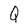
Character: Q